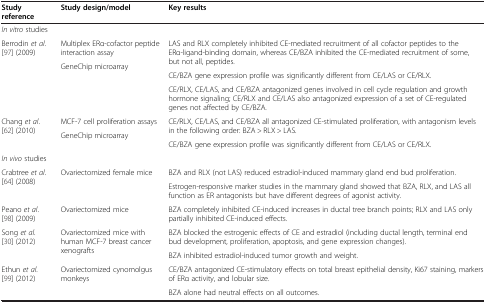
| Study reference | Study design/model | Key results |
 | --- | --- | --- |
 | In vitro studies |  |  |
 | <ROWSPAN=4> Berrodin et al. [97] (2009) | Multiplex ERα-cofactor peptide interaction assay | <ROWSPAN=2> LAS and RLX completely inhibited CE-mediated recruitment of all cofactor peptides to the ERα-ligand-binding domain, whereas CE/BZA inhibited the CE-mediated recruitment of some, but not all, peptides. |
 | <ROWSPAN=3> GeneChip microarray |
 | CE/BZA gene expression profile was significantly different from CE/LAS or CE/RLX. |
 | CE/RLX, CE/LAS, and CE/BZA antagonized genes involved in cell cycle regulation and growth hormone signaling; CE/RLX and CE/LAS also antagonized expression of a set of CE-regulated genes not affected by CE/BZA. |
 | <ROWSPAN=3> Chang et al. [62] (2010) | MCF-7 cell proliferation assays | <ROWSPAN=2> CE/RLX, CE/LAS, and CE/BZA all antagonized CE-stimulated proliferation, with antagonism levels in the following order: BZA > RLX > LAS. |
 | <ROWSPAN=2> GeneChip microarray |
 | CE/BZA gene expression profile was significantly different from CE/LAS or CE/RLX. |
 | In vivo studies |  |  |
 | <ROWSPAN=2> Crabtree et al. [64] (2008) | <ROWSPAN=2> Ovariectomized female mice | BZA and RLX (not LAS) reduced estradiol-induced mammary gland end bud proliferation. |
 | Estrogen-responsive marker studies in the mammary gland showed that BZA, RLX, and LAS all function as ER antagonists but have different degrees of agonist activity. |
 | Peano et al. [98] (2009) | Ovariectomized mice | BZA completely inhibited CE-induced increases in ductal tree branch points; RLX and LAS only partially inhibited CE-induced effects. |
 | <ROWSPAN=2> Song et al. [30] (2012) | <ROWSPAN=2> Ovariectomized mice with human MCF-7 breast cancer xenografts | BZA blocked the estrogenic effects of CE and estradiol (including ductal length, terminal end bud development, proliferation, apoptosis, and gene expression changes). |
 | BZA inhibited estradiol-induced tumor growth and weight. |
 | <ROWSPAN=2> Ethun et al. [99] (2012) | <ROWSPAN=2> Ovariectomized cynomolgus monkeys | CE/BZA antagonized CE-stimulatory effects on total breast epithelial density, Ki67 staining, markers of ERα activity, and lobular size. |
 | BZA alone had neutral effects on all outcomes. |